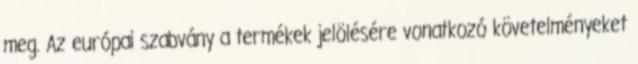
meg. Az európai szabvány a termékek jelölésére vonatkozó követelményeket